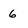
Character: 6